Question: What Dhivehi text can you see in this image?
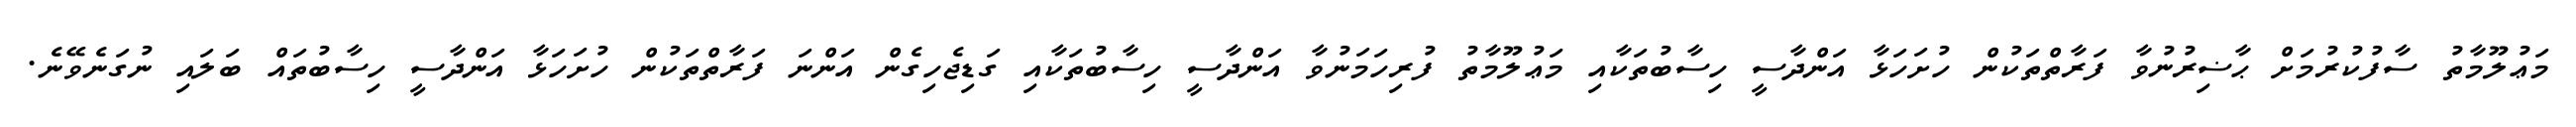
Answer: މަޢުލޫމާތު ސާފުކުރުމަށް ޙާޟިރުނުވާ ފަރާތްތަކުން ހުށަހަޅާ އަންދާސީ ހިސާބުތަކާއި މަޢުލޫމާތު ފުރިހަމަނުވާ އަންދާސީ ހިސާބުތަކާއި ގަޑިޖެހިގެން އަންނަ ފަރާތްތަކުން ހުށަހަޅާ އަންދާސީ ހިސާބުތައް ބަލައި ނުގަނެވޭނެ.